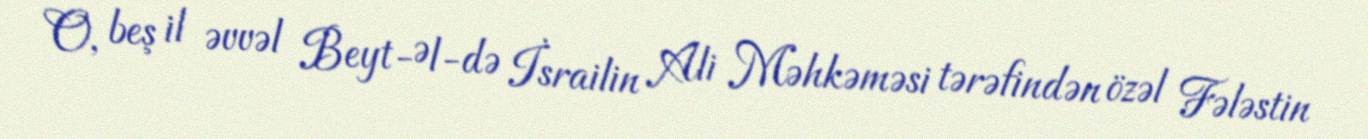
O, beş il əvvəl Beyt-Əl-də İsrailin Ali Məhkəməsi tərəfindən özəl Fələstin